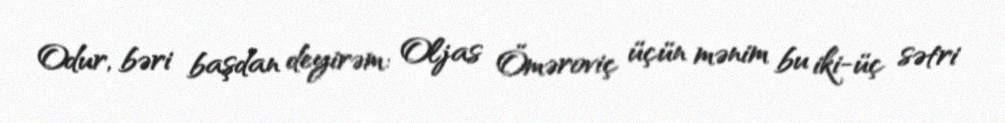
Odur, bəri başdan deyirəm: Oljas Öməroviç üçün mənim bu iki-üç sətri